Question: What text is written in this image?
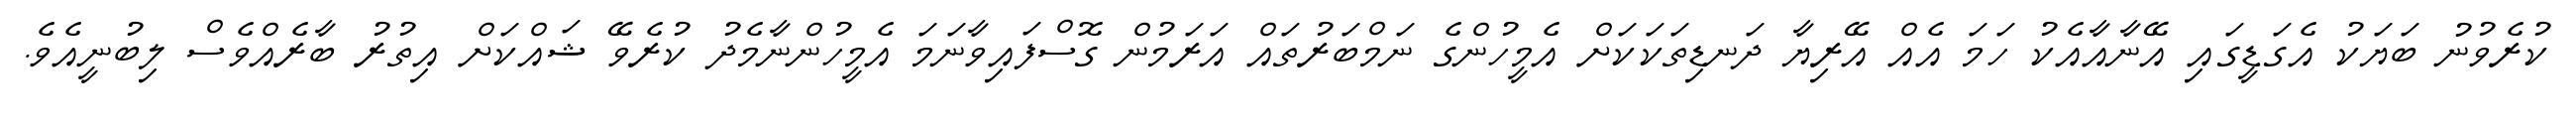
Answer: ކުރެވުނު ބަޔަކު އެގަޑީގައި އޭނާއާއެކު ހަމަ އެއް އޭރިޔާ ދަނޑިތަކަކަށް އެމީހުންގެ ނަމްބަރުތައް އަރަމުން ގޮސްފައިވާނަމަ އެމީހުންނާމެދު ކުރެވޭ ޝައްކަށް އިތުރު ބާރެއްވެސް ލިބުނީއެވެ.